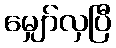
မျှော်လှပြီ